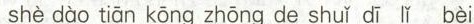
shè dào tiān kōng zhōng de shuǐ dī lǐ bèi